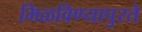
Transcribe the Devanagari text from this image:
मिळविण्यापुरते